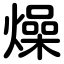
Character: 燥